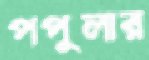
পপুলার